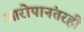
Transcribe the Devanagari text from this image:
आरोपानंतरही